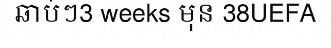
ឆាប់ៗ3 weeks មុន 38UEFA